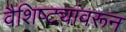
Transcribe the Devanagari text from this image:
वैशिष्ट्यांवरून